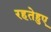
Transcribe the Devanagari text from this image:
रहतेहुए